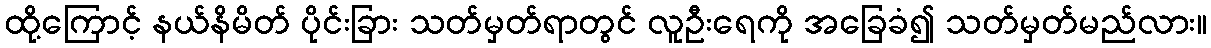
ထို့ကြောင့် နယ်နိမိတ် ပိုင်းခြား သတ်မှတ်ရာတွင် လူဦးရေကို အခြေခံ၍ သတ်မှတ်မည်လား။